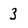
Character: 3